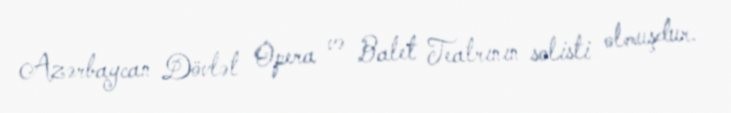
Azərbaycan Dövlət Opera və Balet Teatrının solisti olmuşdur.